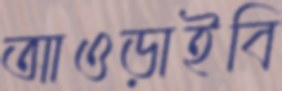
আওড়াইবি